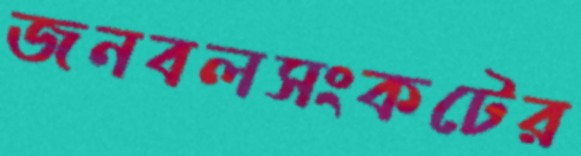
জনবলসংকটের